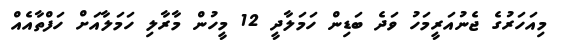
މިއަހަރުގެ ޖެނުއަރީމަހު ވަދެ ބަޑިން ހަމަލާދީ 12 މީހުން މާރާލި ހަމަލާއަށް ހަފްތާއެއް